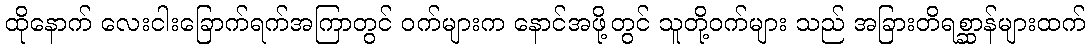
ထိုနောက် လေးငါးခြောက်ရက်အကြာတွင် ဝက်များက နောင်အဖို့တွင် သူတို့ဝက်များ သည် အခြားတိရစ္ဆာန်များထက်